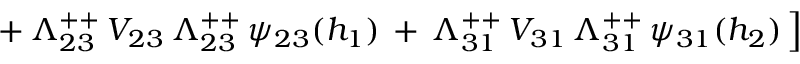
\left. + \, \Lambda _ { 2 3 } ^ { + + } \, V _ { 2 3 } \, \Lambda _ { 2 3 } ^ { + + } \, \psi _ { 2 3 } ( h _ { 1 } ) \, + \, \Lambda _ { 3 1 } ^ { + + } \, V _ { 3 1 } \, \Lambda _ { 3 1 } ^ { + + } \, \psi _ { 3 1 } ( h _ { 2 } ) \, \right]